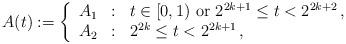
LaTeX: \begin{align*} A(t):=\left\{ \begin{array}{ccl} A_1 & : & t\in [0,1) \hbox{ or } 2^{2k+1}\le t < 2^{2k+2}\,, \\ A_2 & : & 2^{2k}\le t < 2^{2k+1}\,, \end{array}\right.\end{align*}